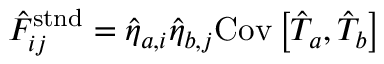
\begin{array} { r } { \hat { F } _ { i j } ^ { \mathrm { s t n d } } = \hat { \eta } _ { a , i } \hat { \eta } _ { b , j } \mathrm { C o v } \left[ \hat { T } _ { a } , \hat { T } _ { b } \right] } \end{array}